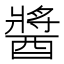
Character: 醬